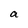
Character: a